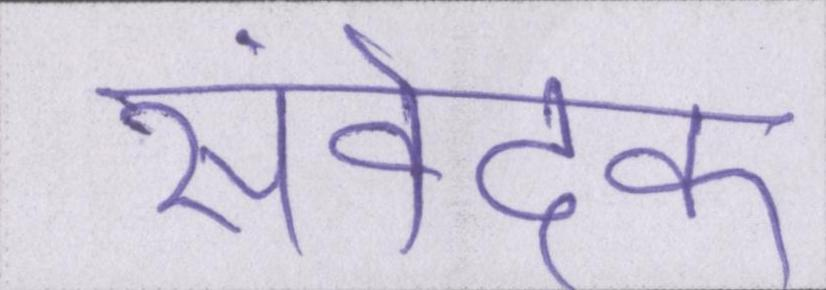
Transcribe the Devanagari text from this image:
संवेदक